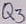
Text: Q3